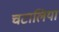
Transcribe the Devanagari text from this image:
चटालिया